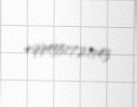
+994551721143